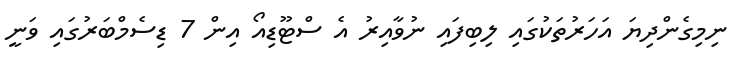
ނިމިގެންދިޔަ އަހަރުތަކުގައި ލިބިފައި ނުވާއިރު އެ ސްޓޫޑިއޯ އިން 7 ޑިސެމްބަރުގައި ވަނީ